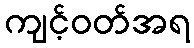
ကျင့်ဝတ်အရ